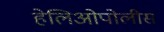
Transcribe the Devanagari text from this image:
हेलिओपोलीस